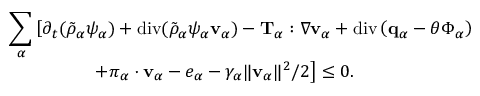
\begin{array} { r l } & { ~ \displaystyle \sum _ { \alpha } \left[ \partial _ { t } ( \tilde { \rho } _ { \alpha } \psi _ { \alpha } ) + \mathrm { d i v } ( \tilde { \rho } _ { \alpha } \psi _ { \alpha } \mathbf { v } _ { \alpha } ) - \mathbf { T } _ { \alpha } : \nabla \mathbf { v } _ { \alpha } + \mathrm { d i v } \left( \mathbf { q } _ { \alpha } - \theta \boldsymbol { \Phi } _ { \alpha } \right) \right. } \\ & { \quad \quad \quad \quad \quad \left. + \boldsymbol { \pi } _ { \alpha } \cdot \mathbf { v } _ { \alpha } - e _ { \alpha } - \gamma _ { \alpha } \| \mathbf { v } _ { \alpha } \| ^ { 2 } / 2 \right] \leq 0 . } \end{array}